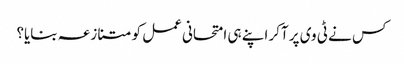
کس نے ٹی وی پر آکر اپنے ہی امتحانی عمل کو متنازعہ بنایا؟